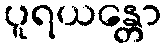
ပူရယန္တော